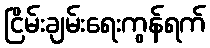
ငြိမ်းချမ်းရေးကွန်ရက်